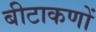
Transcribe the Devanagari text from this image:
बीटाकणों